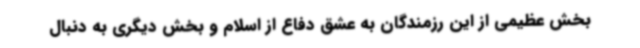
بخش عظیمی از این رزمندگان به عشق دفاع از اسلام و بخش دیگری به دنبال